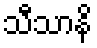
သီသာနိ